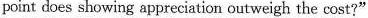
point does showing appreciation outweigh the cost?"